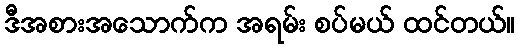
ဒီအစားအသောက်က အရမ်း စပ်မယ် ထင်တယ်။